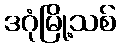
ဒဂုံမြို့သစ်